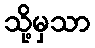
သို့မှသာ